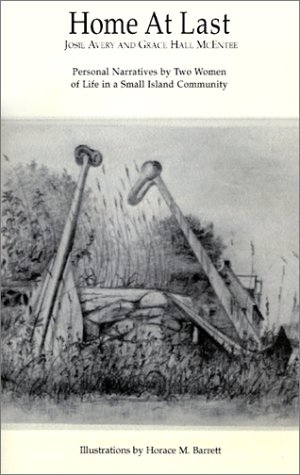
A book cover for Home at Last; Josie Avery; Travel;